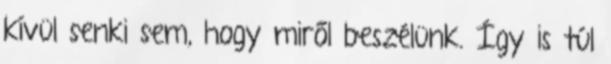
kívül senki sem, hogy miről beszélünk. Így is túl